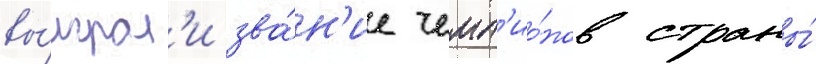
вы́играл'и зва́н'ие чемп'ио́нов страны́